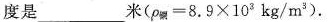
度是_米(p铜=8.9×10^{3}kg/m^{3})。